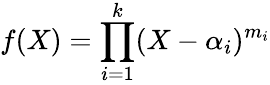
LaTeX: f(X)=\prod_{i=1}^{k}(X-\alpha_{i})^{m_{i}}